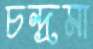
চন্দ্রমা